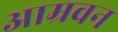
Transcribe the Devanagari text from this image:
आम्रवन